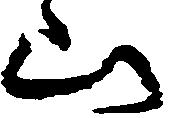
山